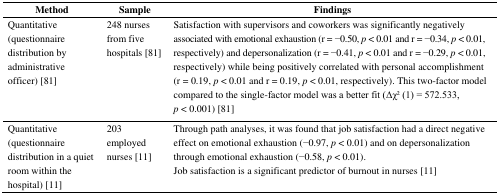
| Method | Sample | Findings |
 | --- | --- | --- |
 | Quantitative (questionnaire distribution by administrative officer) [81] | 248 nurses from five hospitals [81] | Satisfaction with supervisors and coworkers was significantly negatively associated with emotional exhaustion (r = −0.50, p < 0.01 and r = −0.34, p < 0.01, respectively) and depersonalization (r = −0.41, p < 0.01 and r = −0.29, p < 0.01, respectively) while being positively correlated with personal accomplishment (r = 0.19, p < 0.01 and r = 0.19, p < 0.01, respectively). This two-factor model compared to the single-factor model was a better fit (Δχ2 (1) = 572.533, p < 0.001) [81] |
 | Quantitative (questionnaire distribution in a quiet room within the hospital) [11] | 203 employed nurses [11] | Through path analyses, it was found that job satisfaction had a direct negative effect on emotional exhaustion (−0.97, p < 0.01) and on depersonalization through emotional exhaustion (−0.58, p < 0.01).Job satisfaction is a significant predictor of burnout in nurses [11] |